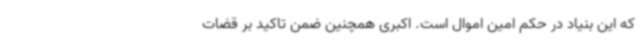
که این بنیاد در حکم امین اموال است. اکبری همچنین ضمن تاکید بر قضات